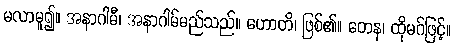
မလာမူ၍။ အနာဂါမီ၊ အနာဂါမ်မည်သည်။ ဟောတိ၊ ဖြစ်၏။ တေန၊ ထိုမဂ်ဖြင့်။